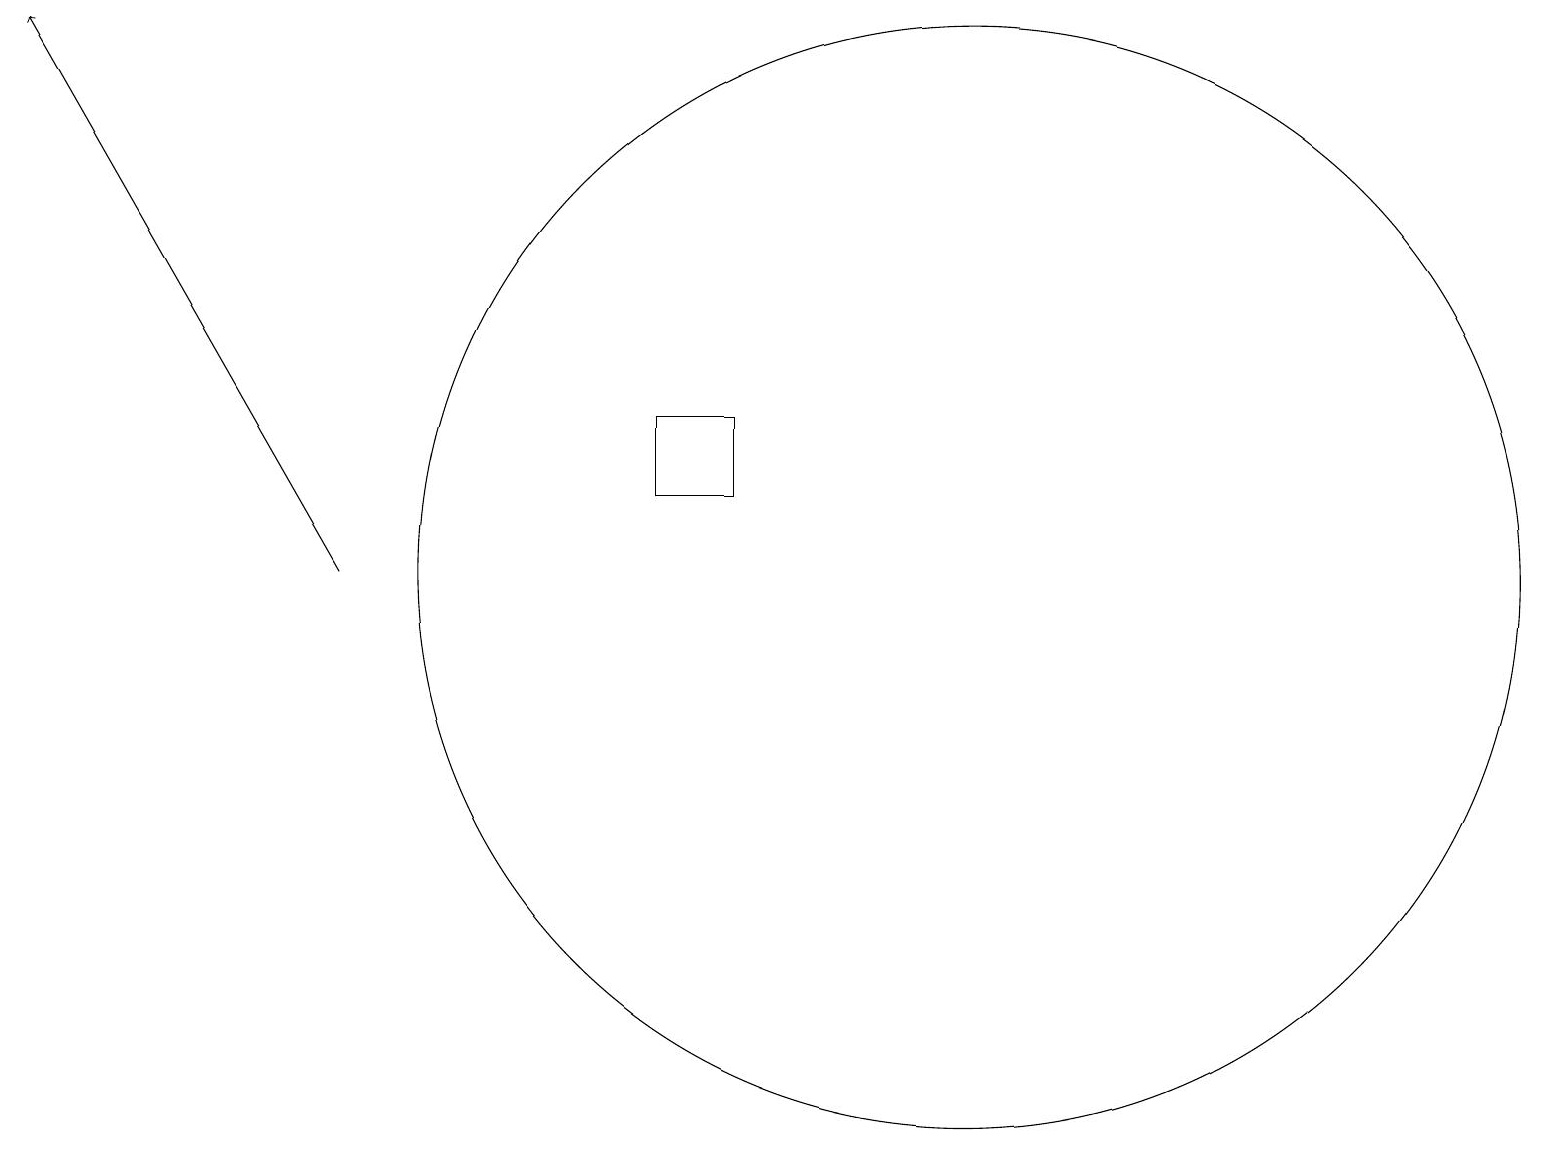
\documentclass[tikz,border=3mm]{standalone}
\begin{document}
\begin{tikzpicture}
\draw (9,13) rectangle (8,12);
\draw[->] (4,11) -- (0,18);
\draw (12,11) circle (7);
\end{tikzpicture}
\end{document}